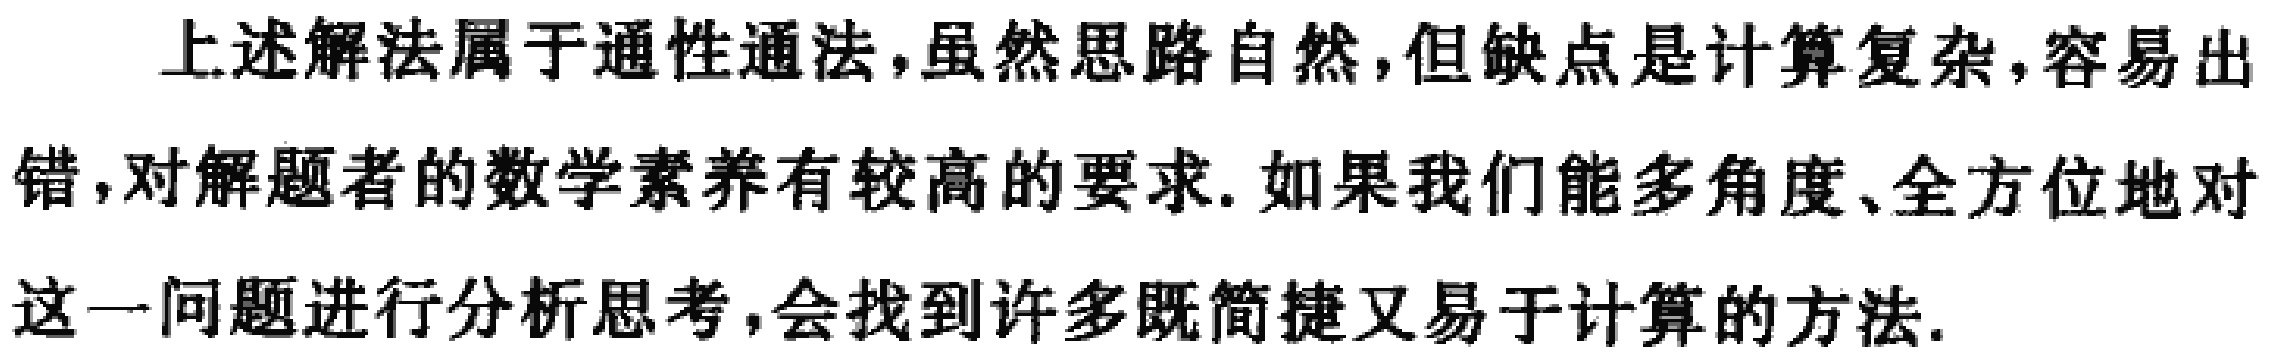
上述解法属于通性通法，虽然思路自然，但缺点是计算复杂，容易出错，对解题者的数学素养有较高的要求. 如果我们能多角度、全方位地对这一问题进行分析思考，会找到许多既简捷又易于计算的方法.